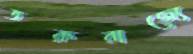
তরুরাজ্যে